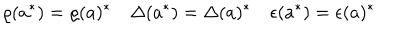
LaTeX: \varrho ( a ^ { \ast } ) = \varrho ( a ) ^ { \ast } \quad \Delta ( a ^ { \ast } ) = \Delta ( a ) ^ { \ast } \quad \epsilon ( a ^ { \ast } ) = \epsilon ( a ) ^ { \ast }